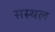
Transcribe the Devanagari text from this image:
सस्थल